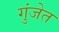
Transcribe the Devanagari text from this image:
गुंजेत